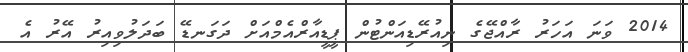
2014 ވަނަ އަހަރު ރާއްޖޭގެ ނިއުރޭޑިއަންޓުން ޕީޑީއާރްއެމްއަށް ދަގަނޑޭ ބަދަލުވިއިރު އޭރު އެ